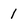
Character: 1